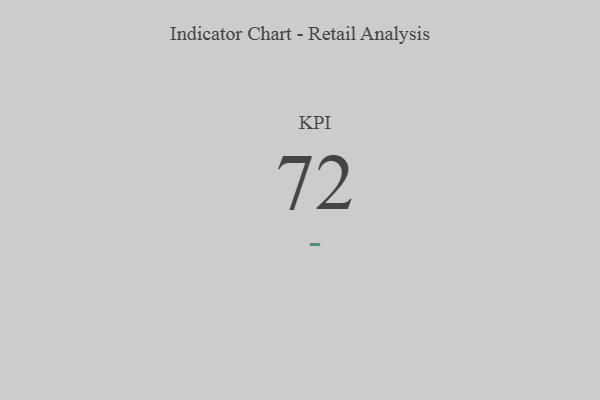
{"axis": {"x": "KPI", "y": "Value"}, "legend": [""], "data": [{"x": "KPI", "y": 72, "type": ""}]}